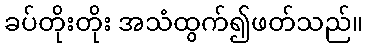
ခပ်တိုးတိုး အသံထွက်၍ဖတ်သည်။